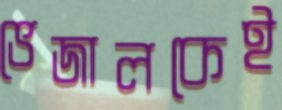
ভেজালকেই